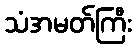
သံအမတ်ကြီး